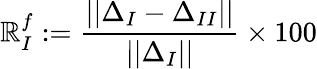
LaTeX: \mathbb{R}_{I}^{f}:=\frac{{||\Delta_{I}-\Delta_{II}||}}{{||\Delta_{I}||}}\times100